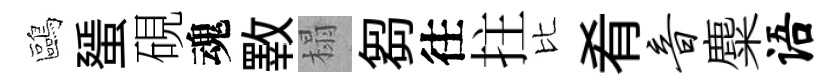
鷗蜑硯魂斁榻芻往拄比肴音麋语